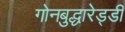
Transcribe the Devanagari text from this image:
गोनबुद्धारेड्डी